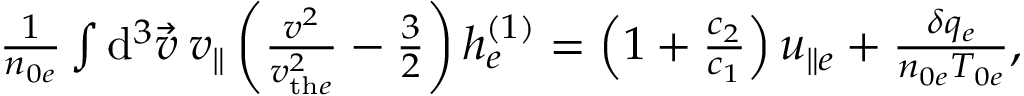
\begin{array} { r } { \frac { 1 } { n _ { 0 e } } \int \mathrm { d } ^ { 3 } \vec { v } \: v _ { \parallel } \left( \frac { v ^ { 2 } } { v _ { \mathrm { t h } e } ^ { 2 } } - \frac { 3 } { 2 } \right) h _ { e } ^ { ( 1 ) } = \left( 1 + \frac { c _ { 2 } } { c _ { 1 } } \right) u _ { \parallel e } + \frac { \delta q _ { e } } { n _ { 0 e } T _ { 0 e } } , } \end{array}